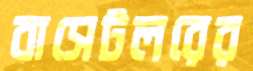
বাসেটলরের